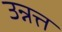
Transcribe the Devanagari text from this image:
उन्नत्त